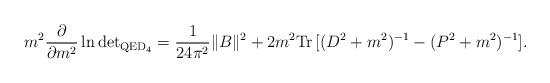
LaTeX: \begin{align*}m^2 \frac{\partial}{\partial m^2} \ln \mbox{det}_{{\mbox{\scriptsize{QED}}_4}}= \frac{1}{24\pi^2} \|B\|^2 + 2m^2 \mbox{Tr}\,[ (D^2 + m^2)^{-1} - (P^2 +m^2)^{-1} ]. \end{align*}